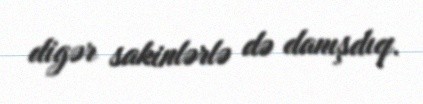
digər sakinlərlə də danışdıq.